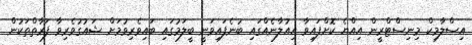
އިސްލާމިކް މިނިސްޓްރީން އިއްޔެ ކޮށްފައިވާ އިއުލާނެއްގައި ބުނެފައިވަނީ ބީލަމުގައި ބައިވެރިވުމަށް ޝައުގުވެރިވާ ފަރާތްތަކުން